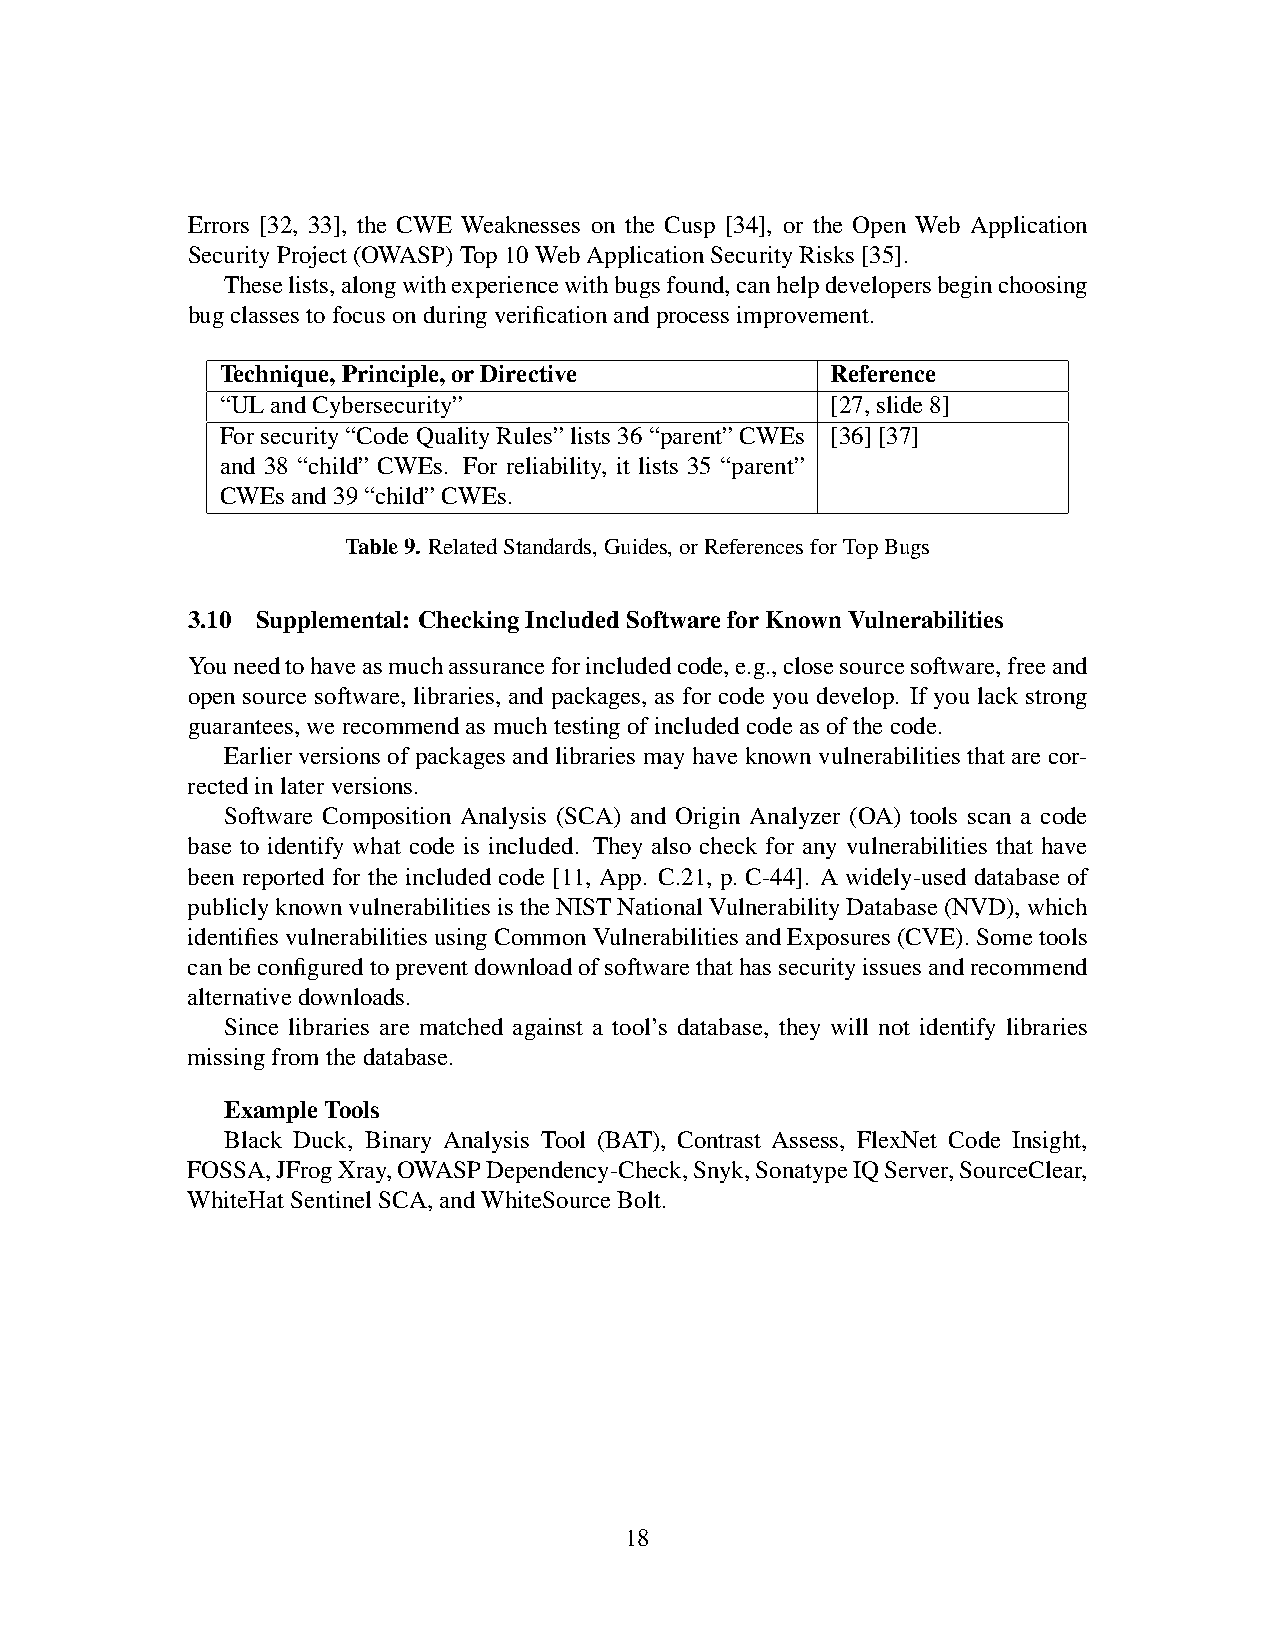
Errors [32, 33], the CWE Weaknesses on the Cusp [34], or the Open Web Application
 Security Project (OWASP) Top 10 Web Application Security Risks [35].
 These lists, along with experience with bugs found, can help developers begin choosing
 bug classes to focus on during verification and process improvement.
 Technique, Principle, or Directive      Reference
 “UL and Cybersecurity”                  [27, slide 8]
 For security “Code Quality Rules” lists 36 “parent” CWEs [36] [37]
 and 38 “child” CWEs. For reliability, it lists 35 “parent”
 CWEs and 39 “child” CWEs.
 Table 9. Related Standards, Guides, or References for Top Bugs
 3.10 Supplemental: Checking Included Software for Known Vulnerabilities
 You need to have as much assurance for included code, e.g., close source software, free and
 open source software, libraries, and packages, as for code you develop. If you lack strong
 guarantees, we recommend as much testing of included code as of the code.
 Earlier versions of packages and libraries may have known vulnerabilities that are cor-
 rected in later versions.
 Software Composition Analysis (SCA) and Origin Analyzer (OA) tools scan a code
 base to identify what code is included. They also check for any vulnerabilities that have
 been reported for the included code [11, App. C.21, p. C-44]. A widely-used database of
 publicly known vulnerabilities is the NIST National Vulnerability Database (NVD), which
 identifies vulnerabilities using Common Vulnerabilities and Exposures (CVE). Some tools
 can be configured to prevent download of software that has security issues and recommend
 alternative downloads.
 Since libraries are matched against a tool’s database, they will not identify libraries
 missing from the database.
 Example Tools
 Black Duck, Binary Analysis Tool (BAT), Contrast Assess, FlexNet Code Insight,
 FOSSA, JFrog Xray, OWASP Dependency-Check, Snyk, Sonatype IQ Server, SourceClear,
 WhiteHat Sentinel SCA, and WhiteSource Bolt.
 18